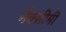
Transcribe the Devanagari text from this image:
मैक्सीमी